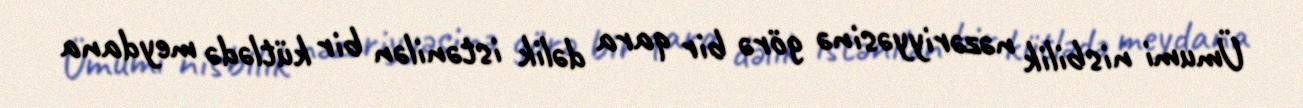
Ümumi nisbilik nəzəriyyəsinə görə bir qara dəlik istənilən bir kütlədə meydana